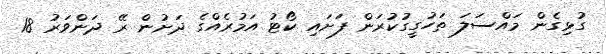
ގުޅިގެން މައްސަލަ ތަހުގީގުކުރަން ފަށައި ކޯޓު އަމުރެއްގެ ދަށުން ރޭ ދަންވަރު 18